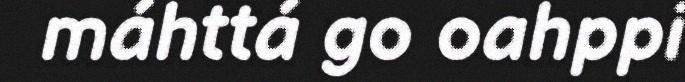
máhttá go oahppi